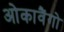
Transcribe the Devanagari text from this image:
ओकावैंगो